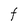
Character: t